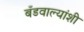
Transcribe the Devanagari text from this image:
बँडवाल्यांशी